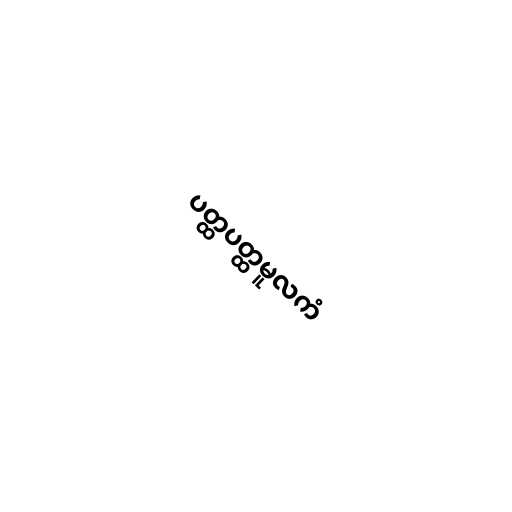
ပတ္ထပတ္ထမူလကံ